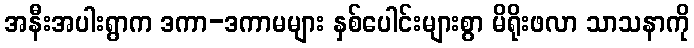
အနီးအပါးရွာက ဒကာ-ဒကာမများ နှစ်ပေါင်းများစွာ မိရိုးဖလာ သာသနာကို